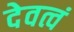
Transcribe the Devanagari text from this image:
देवत्वं